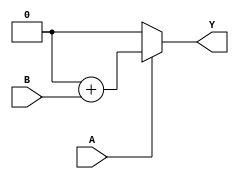
module MYMUL(A, B, Y);
    parameter WIDTH = 1;
    input [WIDTH-1:0] A, B;
    output reg [WIDTH-1:0] Y;

    wire [1023:0] _TECHMAP_DO_ = "proc; clean";

    integer i;
    always @* begin
        Y = 0;
        for (i = 0; i < WIDTH; i=i+1)
            if (A[i])
                Y = Y + (B << i);
    end
endmodule